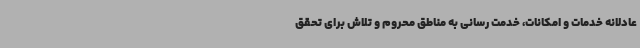
عادلانه خدمات و امکانات، خدمت‌ رسانی به مناطق محروم و تلاش برای تحقق